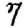
Digit: 7